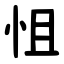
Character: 怚